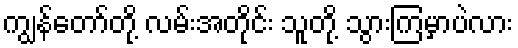
ကျွန်တော်တို့ လမ်းအတိုင်း သူတို့ သွားကြမှာပဲလား